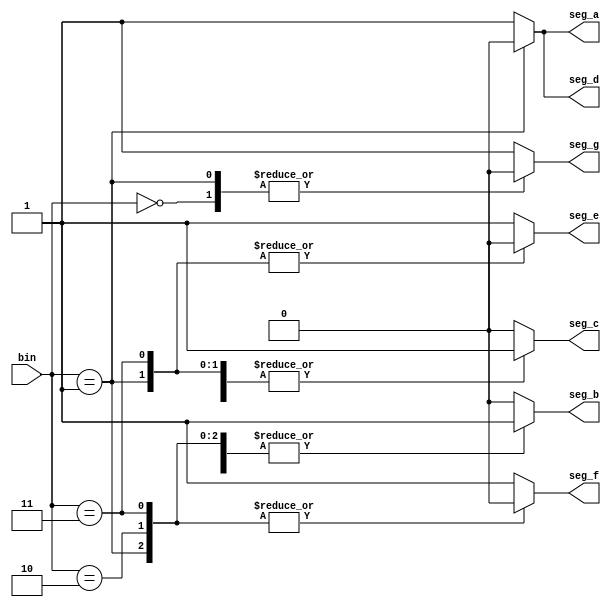
module seven_segment_encoder(
    input [2:0] bin,
    output reg seg_a,
    output reg seg_b,
    output reg seg_c,
    output reg seg_d,
    output reg seg_e,
    output reg seg_f,
    output reg seg_g
);

always @(bin)
begin
    case(bin)
        3'b000: begin seg_a = 1'b1; seg_b = 1'b1; seg_c = 1'b1; seg_d = 1'b1; seg_e = 1'b1; seg_f = 1'b1; seg_g = 1'b0; end // 0
        3'b001: begin seg_a = 1'b0; seg_b = 1'b1; seg_c = 1'b1; seg_d = 1'b0; seg_e = 1'b0; seg_f = 1'b0; seg_g = 1'b0; end // 1
        3'b010: begin seg_a = 1'b1; seg_b = 1'b1; seg_c = 1'b0; seg_d = 1'b1; seg_e = 1'b1; seg_f = 1'b0; seg_g = 1'b1; end // 2
        3'b011: begin seg_a = 1'b1; seg_b = 1'b1; seg_c = 1'b1; seg_d = 1'b1; seg_e = 1'b0; seg_f = 1'b0; seg_g = 1'b1; end // 3
        default: begin seg_a = 1'b1; seg_b = 1'b0; seg_c = 1'b0; seg_d = 1'b1; seg_e = 1'b1; seg_f = 1'b1; seg_g = 1'b1; end // E
    endcase
end

endmodule

module tb_encoder;  //make module to test the encoder
    reg [2:0] bin;  //reg as we assign values to it in the inital block
    wire seg_a; //wire as it it the output of the module
	wire seg_b;
	wire seg_c;
	wire seg_d;
	wire seg_e;
	wire seg_g;
	wire seg_f;
	
	
    seven_segment_encoder uut_encoder (  //make an instant of the module
        .bin(bin),
        .seg_a(seg_a),
        .seg_b(seg_b),
        .seg_c(seg_c),
        .seg_d(seg_d),
        .seg_e(seg_e),
        .seg_g(seg_g),
        .seg_f(seg_f)
    );

    initial begin
        $monitor("bin = %b, seg_a = %b", bin, seg_a);  //display the output
        
        bin = 3'b000; // Test for 0
        #10;  //a delay of 10 time units

        
        bin = 3'b001; // Test for 1
        #10;

        bin = 3'b010; // Test for 2
        #10;

        bin = 3'b011; // Test for 3
        #10;

        // Test for other values
        bin = 3'b100;
        #10;

        bin = 3'b101;
        #10;

        bin = 3'b110;
        #10;

        bin = 3'b111;
        #10;

        $finish;
    end

        
endmodule